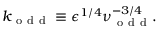
k _ { \mathrm { ~ o ~ d ~ d ~ } } \equiv \epsilon ^ { 1 / 4 } \nu _ { \mathrm { ~ o ~ d ~ d ~ } } ^ { - 3 / 4 } .